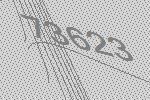
73623